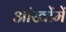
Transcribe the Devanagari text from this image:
आंखोंमें